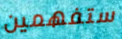
ستفهمين